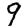
Digit: 9